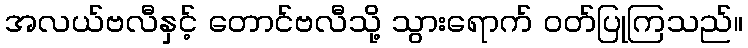
အလယ်ဗလီနှင့် တောင်ဗလီသို့ သွားရောက် ဝတ်ပြုကြသည်။